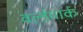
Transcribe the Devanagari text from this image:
वर्ल्डमार्क